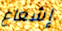
إشعاع